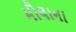
મૌલાના